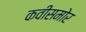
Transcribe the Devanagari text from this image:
कवीसमोर